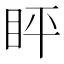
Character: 𬑈